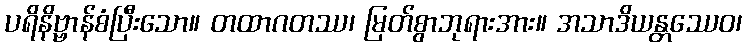
ပရိနိဗ္ဗာန်စံပြီးသော။ တထာဂတဿ၊ မြတ်စွာဘုရားအား။ အသာဒိယန္တဿေဝ၊